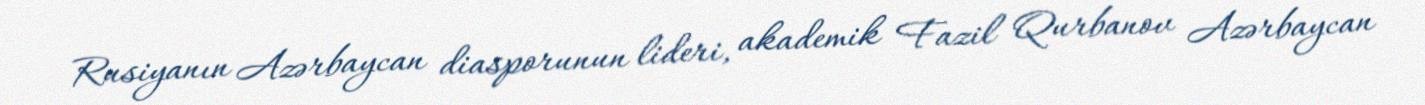
Rusiyanın Azərbaycan diasporunun lideri, akademik Fazil Qurbanov Azərbaycan